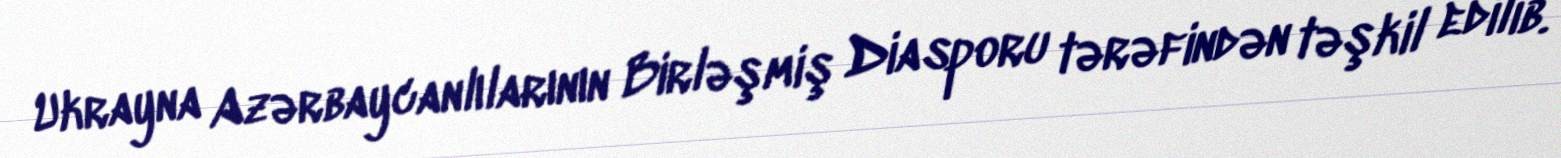
Ukrayna Azərbaycanlılarının Birləşmiş Diasporu tərəfindən təşkil edilib.